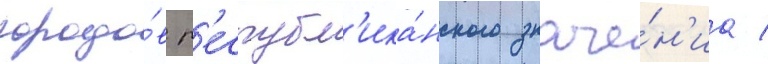
городо́в р'еспубл'ика́нского значе́н'иа /